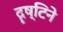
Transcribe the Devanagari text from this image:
दॄष्टिने